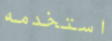
استخدمه